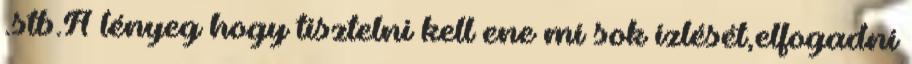
.stb.A lényeg hogy tisztelni kell ene mí sok í­zlését,elfogadni